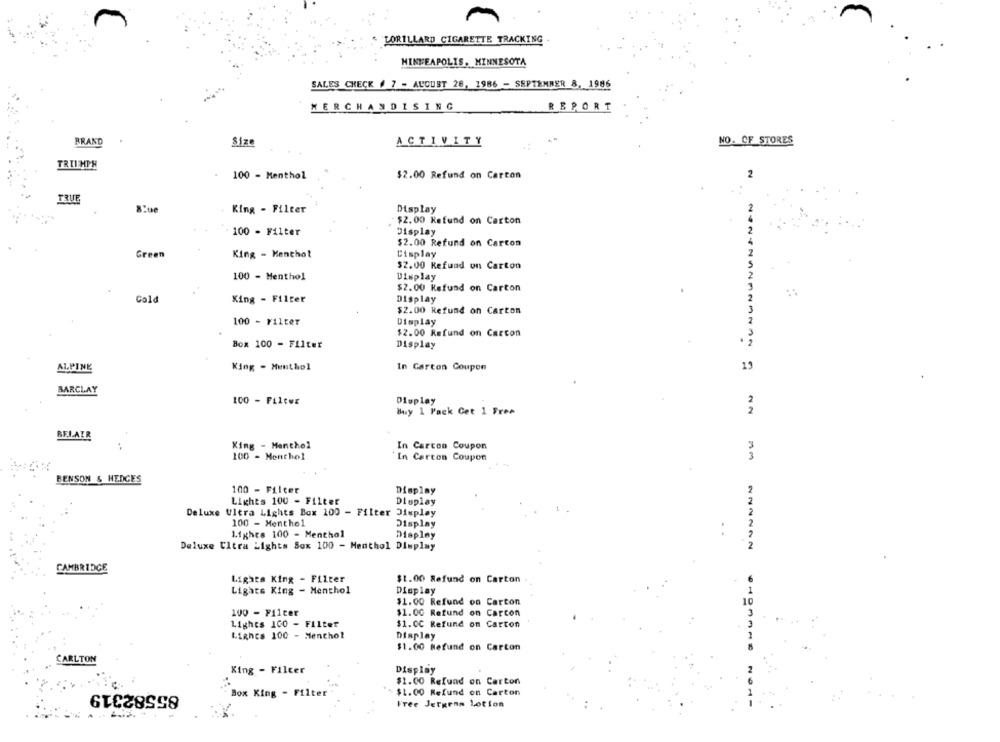
" LORILLARD CIGARETTE TRACKING
MINNEAPOLIS, MINNESOTA
SALES CHECK # 7 - AUGUST 28, 1986 - SEPTEMBER 8, 1986
MERCHANDISING
REPORT
BRAND
ACTIVITY
NO. OF STORES
Size
TRIUMPH
100 - Menthol
$2.00 Refund on Carton
2
TRUE
King - Filter
Display
$2.00 Kefund on Carton
100 - Filter
Display
$2.00 Refund on Carton
Green
King - Menthol
Display
$2.00 Refund on Carton
100 - Menthol
Display
$2.00 Kefund on Carton
Col
King - Filter
Display
$2.00 Refund on Carton
100 - Filter
Display
$2.00 Refund on Carcon
Box 100 - Filter
Display
ALPINE
King - Menthol
In Carton Coupon
13
BARCLAY
100 - Filter
Display
Bay 1 Pack Get 1 Free
BELAIR
King - Menthol
In Carcon Coupon
100 - Menthol
In Carcon Coupon
BENSON & HEDGES
100 - Filter
Display
Lights 100 - Filter
Display
Deluxe Ultra Lights Box 100 - Filter Display
100 - Menthol
Display
Lights 100 - Menthol
Display
Deluxe Ultra Lights Sox 100 - Menthol Dluplay
CAMBRIDGE
Lights King - Filter
$1.00 Refund on Carton
Lights King - Menthol
Display
$1.00 Refund on Carton
100 - Filter
$1.00 Refund on Carton
Lights 100 - Filter
$1.0℃ Refund om Carton
Lignes 100 - Menchol
Display
$1.00 Refund on Carton
CARLTON
King - Filter
Display
$1.00 Refund on Carton
85582319
Box King - Filter
$1.00 Refund on Carton
Free Jergens Lotion
OHDAARO NON-